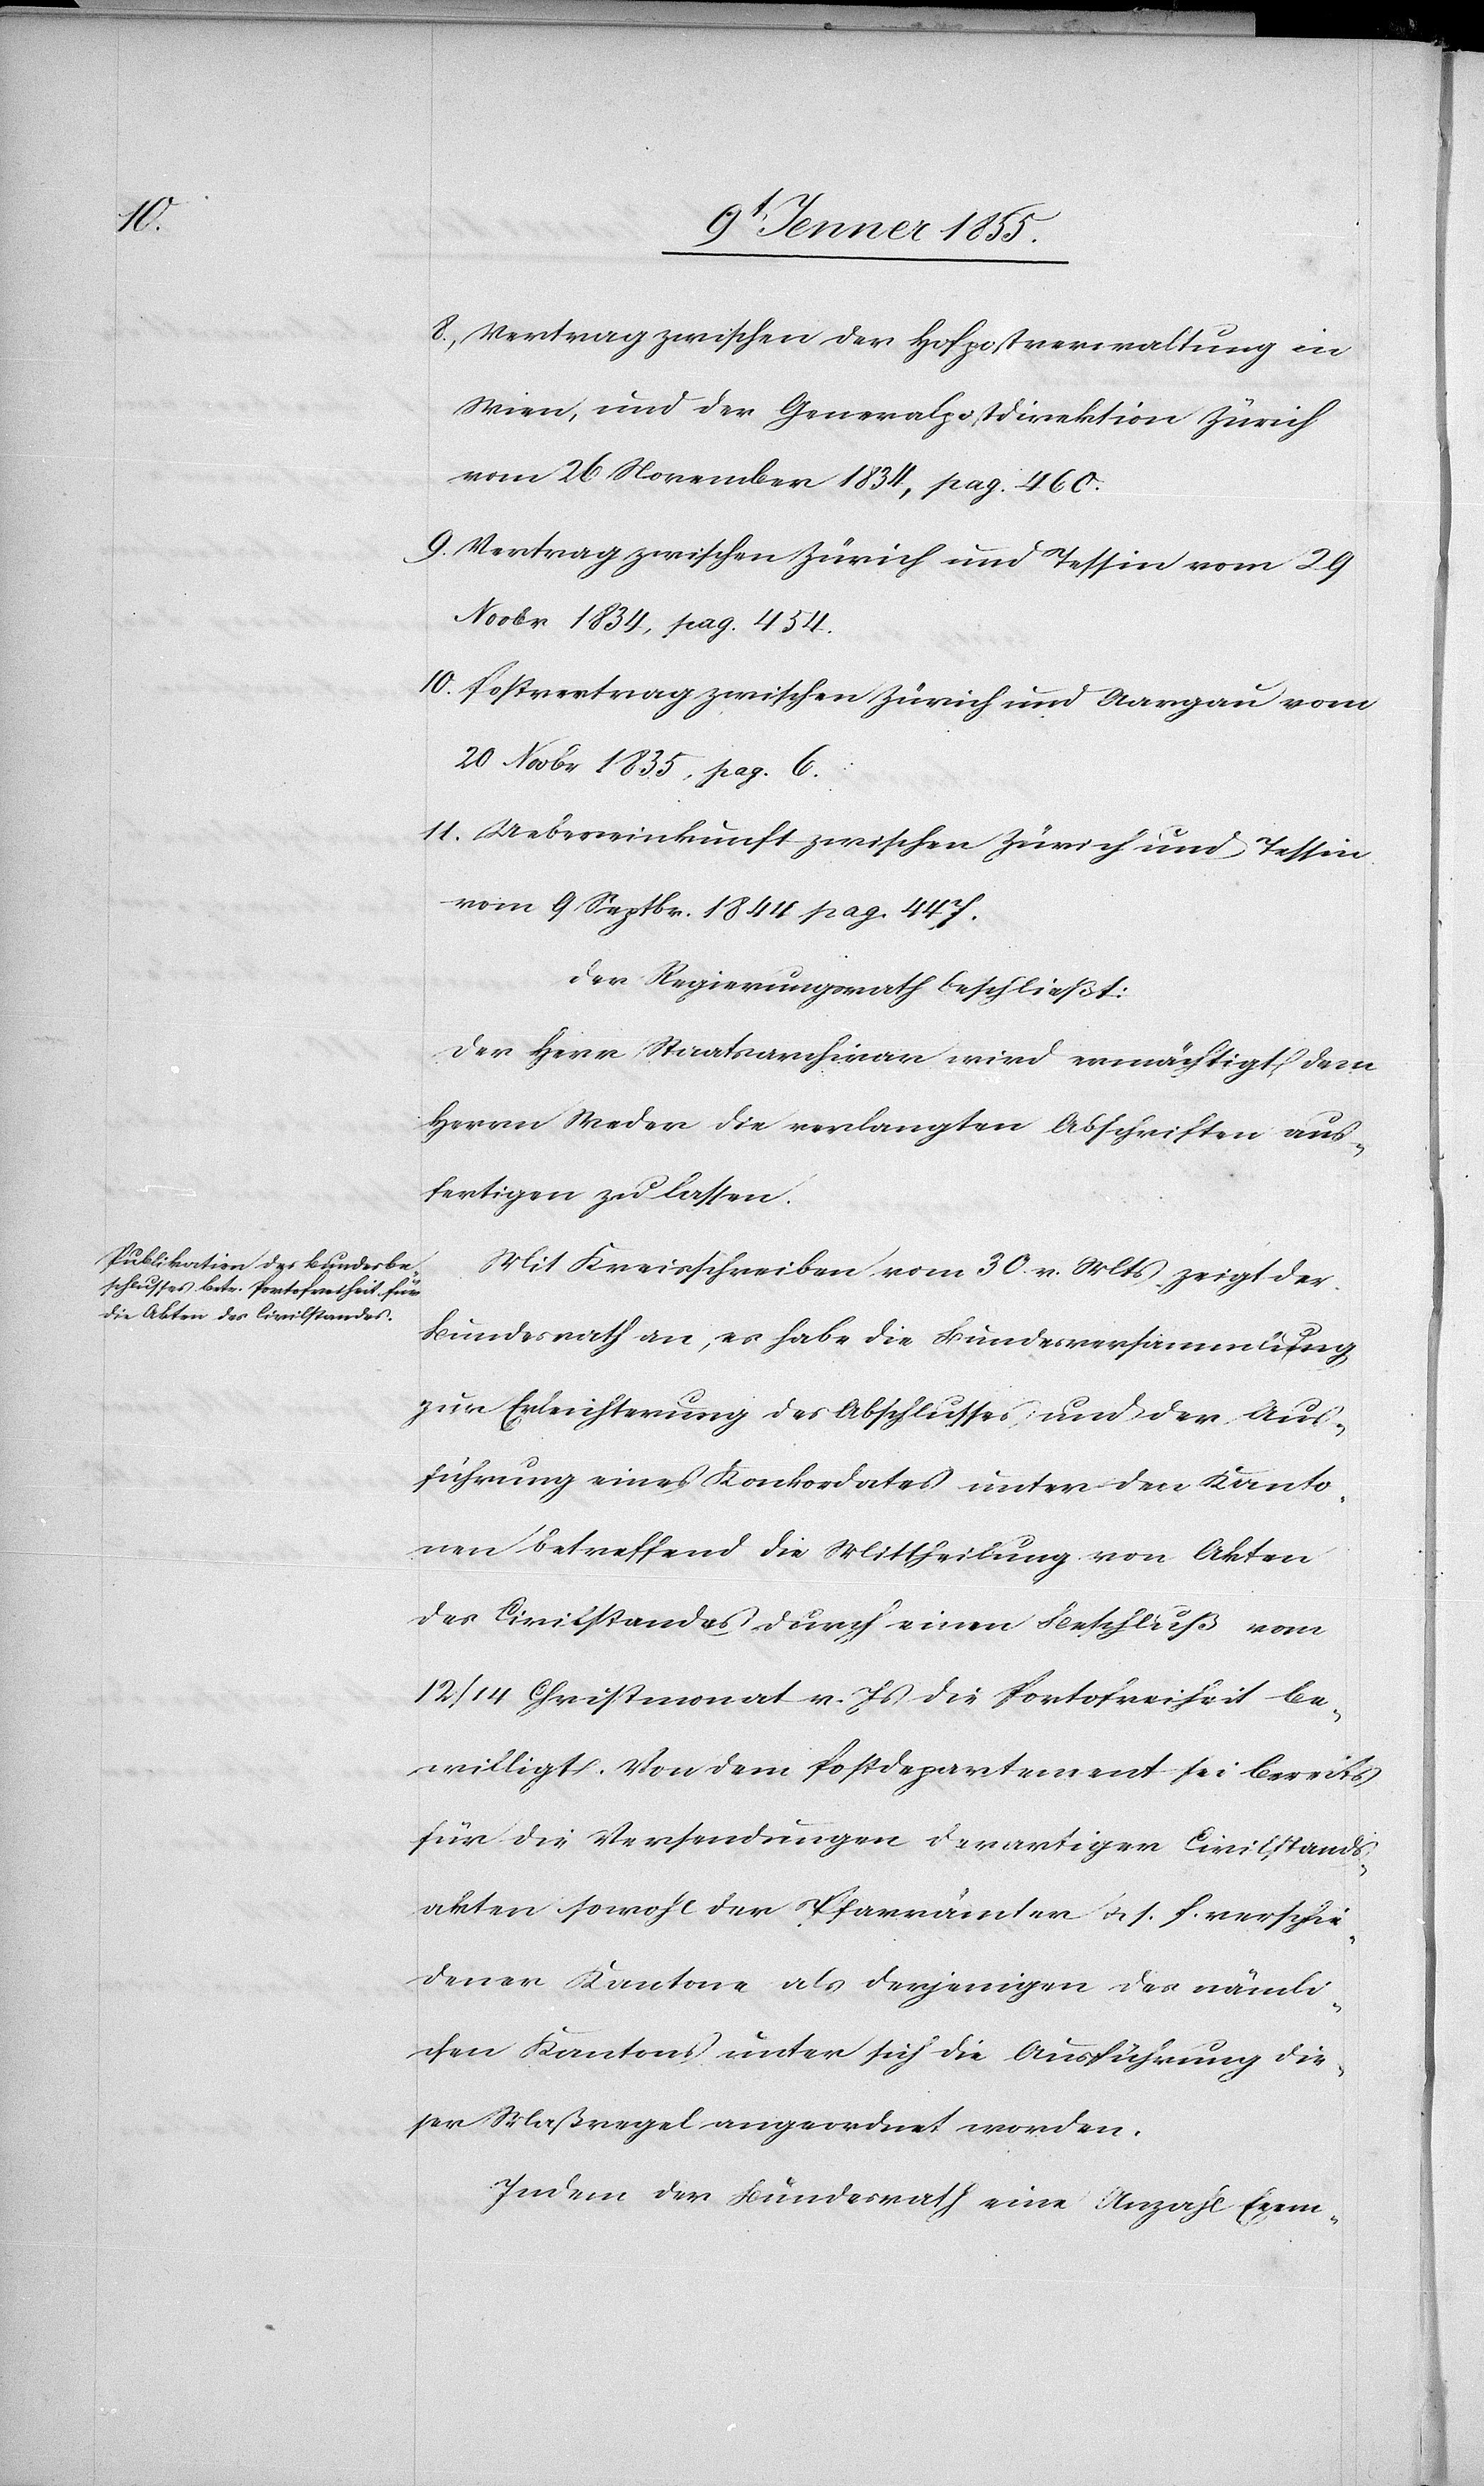
8,

Vertrag zwischen der Hofpostverwaltung in
Wien, und der Generalpostdirektion Zürich
vom 26 November 1834, pag. 460.
Vertrag zwischen Zürich und Tessin vom 29
Novbr 1834, pag. 454.
Postvertrag zwischen Zürich und Aargau vom
20 Novbr 1835, pag. 6.
Uebereinkunft zwischen Zürich und Tessin
vom 9 Septbr. 1844 pag. 447.
Der Regierungsrath beschließt:
Der Herr Staatsarchivar wird ermächtigt dem
Herrn Weder die verlangten Abschriften aus¬
fertigen zu lassen.
Mit Kreisschreiben vom 30. v. Mts. zeigt der
Bundesrath an, es habe die Bundesversammlung
zur Erleichterung des Abschlusses und der Aus¬
führung eines Konkordates unter den Kanto¬
nen betreffend die Mittheilung von Akten
des Civilstandes durch einen Beschluß vom
/ 14 Christmonat v. Js. die Portofreiheit be¬
willigt. Von dem Postdepartement sei bereits
für die Versendungen derartiger Civilstands¬
akten sowohl der Pfarrämter u. s. f. verschie¬
dener Kantone als derjenigen des nämli¬
chen Kantons unter sich die Ausführung die¬
ser Maßregel angeordnet worden.
Indem der Bundesrath eine Anzahl Exem-